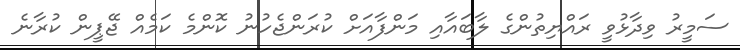
ސަމީރު ވިދާޅުވީ ރައްޔިތުންގެ ލާބައާއި މަންފާއަށް ކުރަންޖެހުނު ކޮންމެ ކަމެއް ޖޭޕީން ކުރާނެ